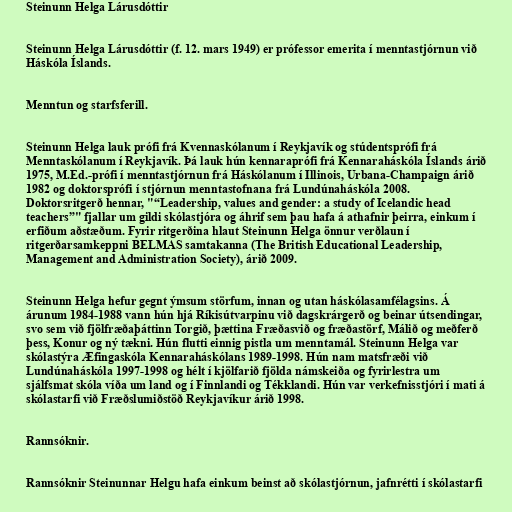
Steinunn Helga Lárusdóttir

Steinunn Helga Lárusdóttir (f. 12. mars 1949) er prófessor emerita í menntastjórnun við
Háskóla Íslands.

Menntun og starfsferill.

Steinunn Helga lauk prófi frá Kvennaskólanum í Reykjavík og stúdentsprófi frá
Menntaskólanum í Reykjavík. Þá lauk hún kennaraprófi frá Kennaraháskóla Íslands árið
1975, M.Ed.-prófi í menntastjórnun frá Háskólanum í Illinois, Urbana-Champaign árið
1982 og doktorsprófi í stjórnun menntastofnana frá Lundúnaháskóla 2008.
Doktorsritgerð hennar, "“Leadership, values and gender: a study of Icelandic head
teachers”" fjallar um gildi skólastjóra og áhrif sem þau hafa á athafnir þeirra, einkum í
erfiðum aðstæðum. Fyrir ritgerðina hlaut Steinunn Helga önnur verðlaun í
ritgerðarsamkeppni BELMAS samtakanna (The British Educational Leadership,
Management and Administration Society), árið 2009.

Steinunn Helga hefur gegnt ýmsum störfum, innan og utan háskólasamfélagsins. Á
árunum 1984-1988 vann hún hjá Ríkisútvarpinu við dagskrárgerð og beinar útsendingar,
svo sem við fjölfræðaþáttinn Torgið, þættina Fræðasvið og fræðastörf, Málið og meðferð
þess, Konur og ný tækni. Hún flutti einnig pistla um menntamál. Steinunn Helga var
skólastýra Æfingaskóla Kennaraháskólans 1989-1998. Hún nam matsfræði við
Lundúnaháskóla 1997-1998 og hélt í kjölfarið fjölda námskeiða og fyrirlestra um
sjálfsmat skóla víða um land og í Finnlandi og Tékklandi. Hún var verkefnisstjóri í mati á
skólastarfi við Fræðslumiðstöð Reykjavíkur árið 1998.

Rannsóknir.

Rannsóknir Steinunnar Helgu hafa einkum beinst að skólastjórnun, jafnrétti í skólastarfi